Indian journal of veterinary science and animal husbandry - Volume 11,
Year: 1941
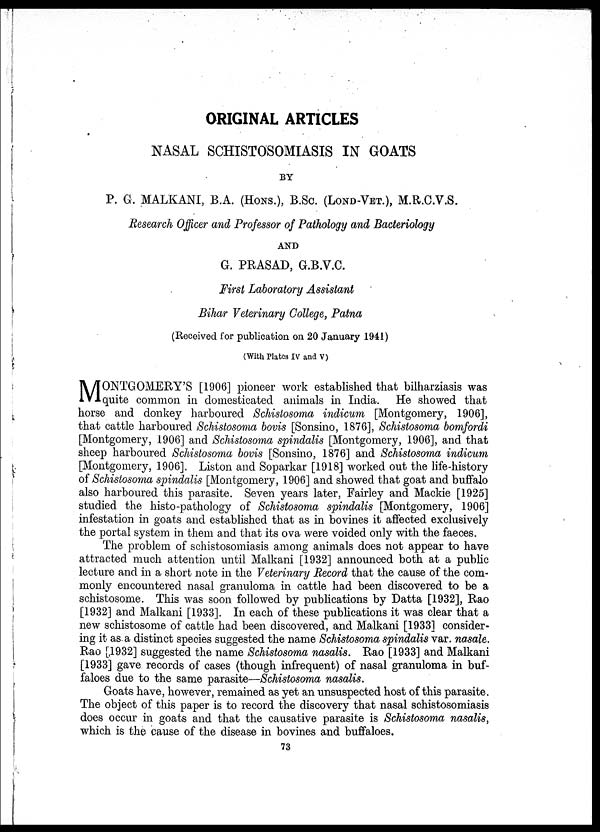
ORIGINAL ARTICLES
NASAL SCHISTOSOMIASIS IN GOATS
BY
P. G. MALKANI, B. A. (HONS. ), B. Sc. (LOND-VET. ), M. R. C. V. S.
AND
G. PRASAD, G. B. V. C.
First Laboratory Assistant
Bihar Veterinary College, Patna
(Received for publication on 20 January 1941)
(With Plates IV and V)
M ONTGOMERY'S [1906] pioneer work established that bilharziasis was
quite common in domesticated animals in India. He showed that
horse and donkey harboured Schistosoma indicum [Montgomery, 1906],
that cattle harboured Schistosoma bovis [Sonsino, 1876], Schistosoma bomfordi
[Montgomery, 1906] and Schistosoma spindalis [Montgomery, 1906], and that
sheep harboured Schistosoma bovis [Sonsino, 1876] and Schistosoma indicum
[Montgomery, 1906]. Liston and Soparkar [1918] worked out the life-history
of Schistosoma spindalis [Montgomery, 1906] and showed that goat and buffalo
also harboured this parasite. Seven years later, Fairley and Mackie [1925]
studied the histo-pathology of Schistosoma spindalis [Montgomery, 1906]
infestation in goats and established that as in bovines it affected exclusively
the portal system in them and that its ova were voided only with the faeces.
The problem of schistosomiasis among animals does not appear to have
attracted much attention until Malkani [1932] announced both at a public
lecture and in a short note in the Veterinary Record that the cause of the com-
monly encountered nasal granuloma in cattle had been discovered to be a
schistosome. This was soon followed by publications by Datta [1932], Rao
[1932] and Malkani [1933]. In each of these publications it was clear that a
new schistosome of cattle had been discovered, and Malkani [1933] consider-
ing it as. a distinct species suggested the name Schistosoma spindalis var. nasale.
[1933] gave records of cases (though infrequent) of nasal granuloma in buf-
faloes due to the same parasite—Schistosoma nasalis.
Goats have, however, remained as yet an unsuspected host of this parasite.
does occur in goats and that the causative parasite is Schistosoma nasalis,
which is the cause of the disease in bovines and buffaloes.
73